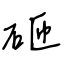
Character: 砸